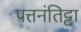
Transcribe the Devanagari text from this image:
पत्तनंतिट्टा